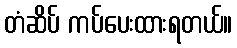
တံဆိပ် ကပ်ပေးထားရတယ်။